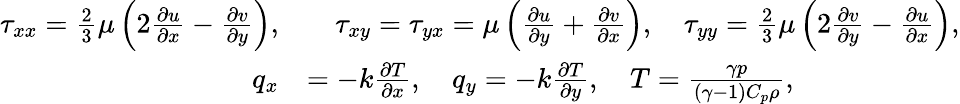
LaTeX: \begin{array}{rl}{\tau_{xx}=\frac{2}{3}\mu\left(2\frac{\partial u}{\partial x}-\frac{\partial v}{\partial y}\right),}&{\quad\tau_{xy}=\tau_{yx}=\mu\left(\frac{\partial u}{\partial y}+\frac{\partial v}{\partial x}\right),\quad\tau_{yy}=\frac{2}{3}\mu\left(2\frac{\partial v}{\partial y}-\frac{\partial u}{\partial x}\right),}\\ {q_{x}}&{=-k\frac{\partial T}{\partial x},\quad q_{y}=-k\frac{\partial T}{\partial y},\quad T=\frac{\gamma p}{(\gamma-1)C_{p}\rho},}\end{array}